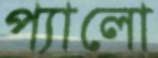
প্যালো